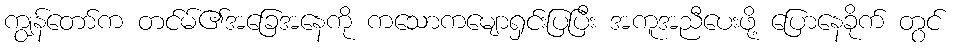
ကျွန်တော်က တင်မ်၏အခြေအနေကို ကသောကမျောရှင်းပြပြီး အကူအညီပေးဖို့ ပြောနေခိုက် တွင်